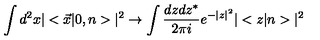
\int d ^ { 2 } x | < \vec { x } | 0 , n > | ^ { 2 } \to \int { \frac { d z d z ^ { * } } { 2 \pi i } } e ^ { - | z | ^ { 2 } } | < z | n > | ^ { 2 }